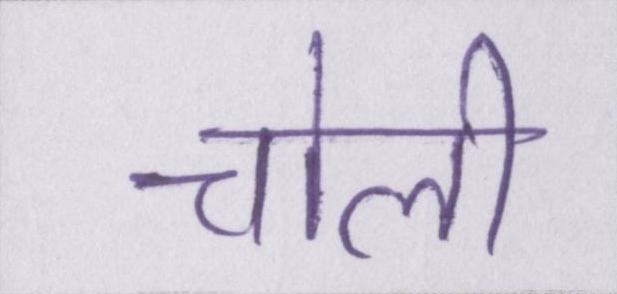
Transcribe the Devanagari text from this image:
चोली